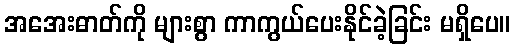
အအေးဓာတ်ကို များစွာ ကာကွယ်ပေးနိုင်ခဲ့ခြင်း မရှိပေ။